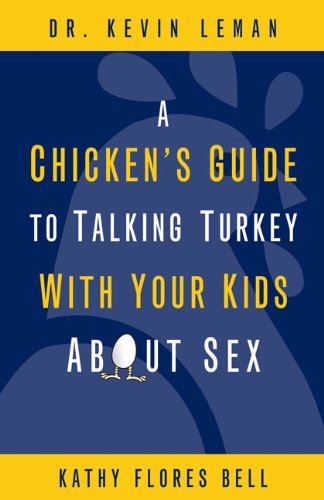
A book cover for A Chicken's Guide to Talking Turkey with Your Kids About Sex; Kevin Leman; Health, Fitness & Dieting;